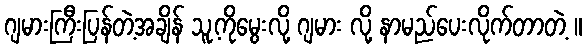
ဂျမားကြီးပြန်တဲ့အချိန် သူ့ကိုမွေးလို့ ဂျမား လို့ နာမည်ပေးလိုက်တာတဲ့ ။